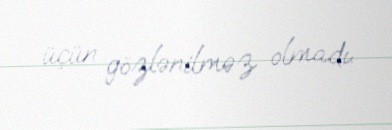
üçün gözlənilməz olmadı.